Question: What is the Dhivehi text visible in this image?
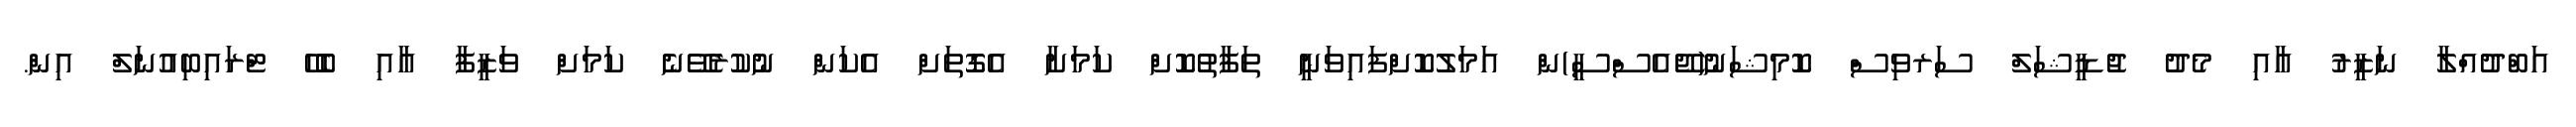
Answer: އަބްދުއްލާ ނަޒީރު އާއި މެދު ޖުޑީޝަލް ސަރވިސް ކޮމިޝަނު(ޖޭއެސްސީ)ން އަމަލުކޮށްފައިވަނީ ތަފާތުކޮށް ކަމަށާ އެގޮތަށް އެކަން ނުކުރެވޭނެ ކަމަށް ވަޒީފާ އާއި ބެހޭ ޓްރައިބިއުނަލް އިން.